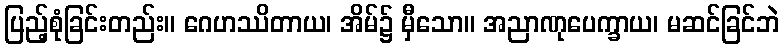
ပြည့်စုံခြင်းတည်း။ ဂေဟဿိတာယ၊ အိမ်၌ မှီသော။ အညာဏုပေက္ခာယ၊ မဆင်ခြင်ဘဲ